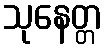
သုနေတ္တ